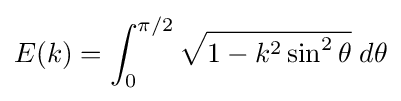
E(k)=\int _{0}^{\pi /2}{\sqrt {1-k^{2}\sin ^{2}\theta }}\;d\theta